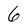
Character: 6